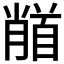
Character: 𩠦